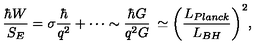
\frac { \hbar W } { S _ { E } } = \sigma \frac { \hbar } { q ^ { 2 } } + \cdots \sim \frac { \hbar G } { q ^ { 2 } G } \: \simeq \biggl ( \frac { L _ { P l a n c k } } { L _ { B H } } \biggr ) ^ { 2 } ,